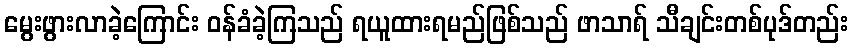
မွေးဖွားလာခဲ့ကြောင်း ဝန်ခံခဲ့ကြသည် ရယူထားရမည်ဖြစ်သည် ဖာသာရ် သီချင်းတစ်ပုဒ်တည်း